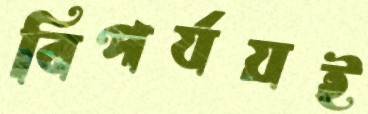
বিপর্যয়ই